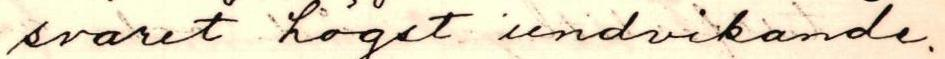
svaret högst undvikande.